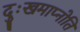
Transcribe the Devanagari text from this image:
दुःखमाप्नोति